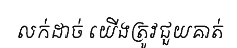
លក់ដាច់ យើងត្រូវជួយគាត់